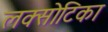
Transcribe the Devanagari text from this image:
लक्सोटिका